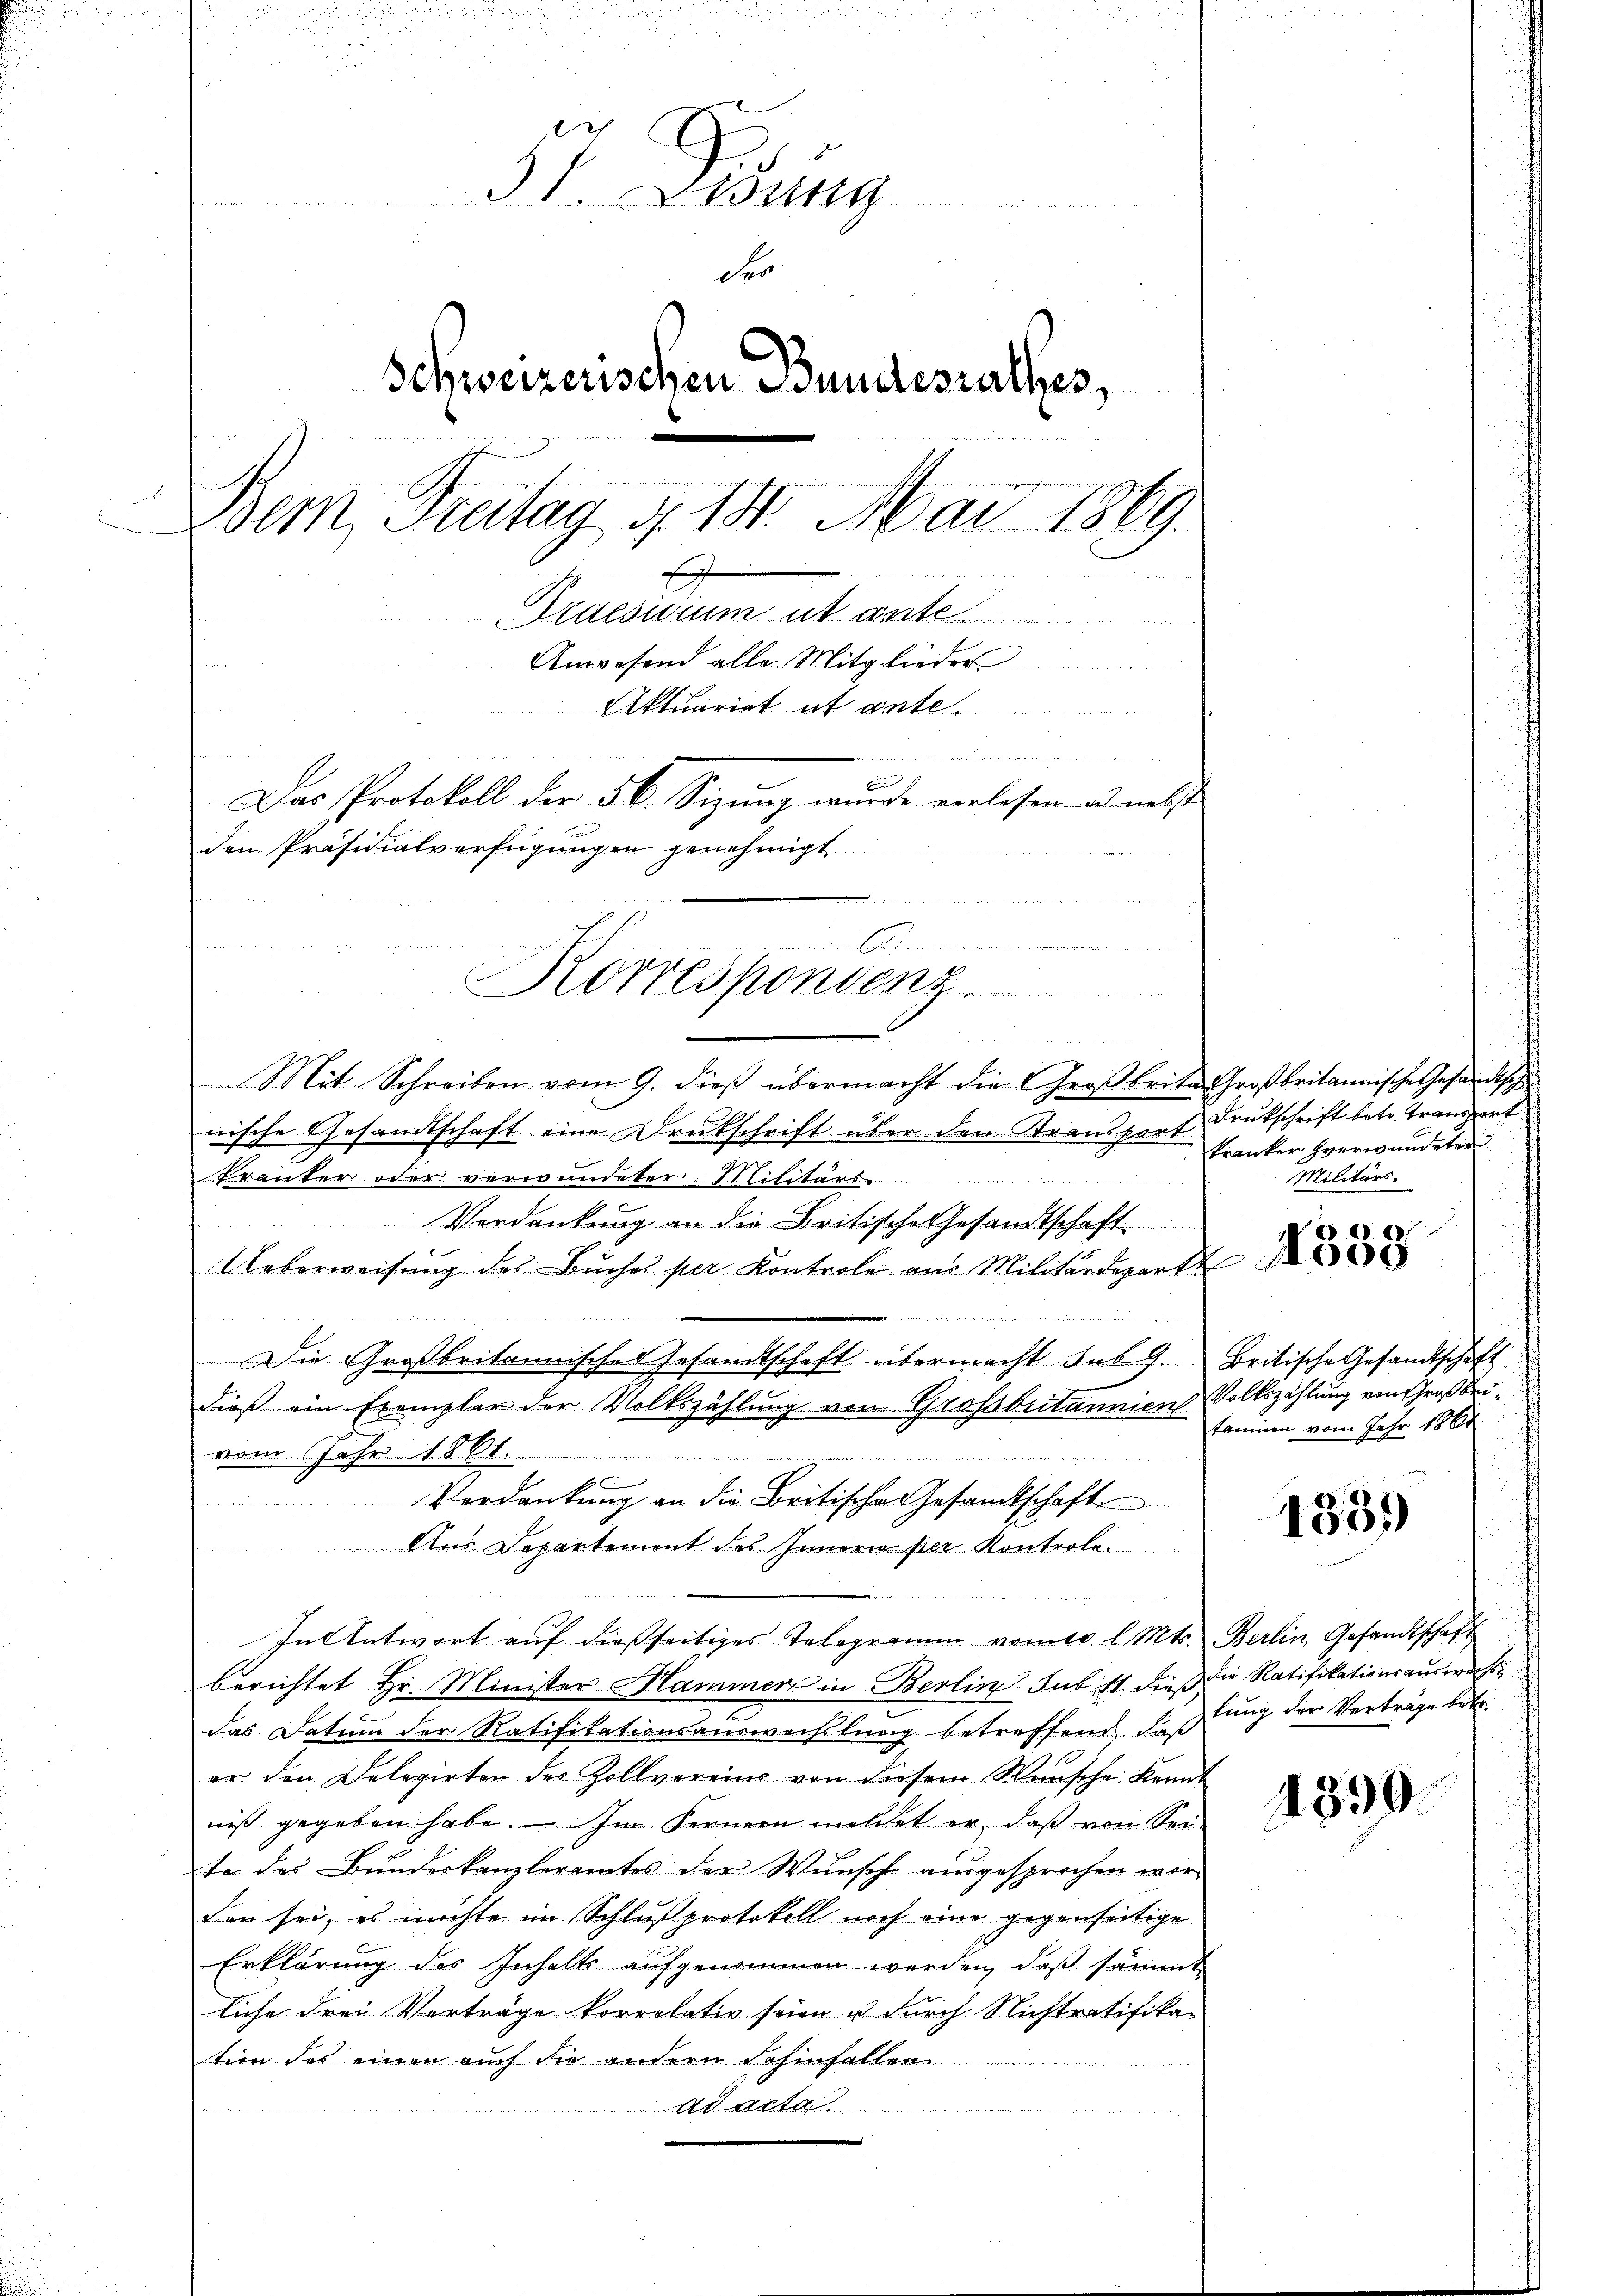
57. Gebung
de
des
Schweizerischen Bundesrathes,
.
.en in den die
Bem, Freitag d. 14. Mai 1869.
ana
E
Praesuum ut ante
Anwesend alle Mitglieder
Aktuariat et ante.

E
Das Protokoll der 56. Sizung wurde verlesen u. nebst
den Präsidialverfügungen genehmigt
e
Korrespondenz.
Mit Schreiben vom 9. dieß übermacht die Großbrite Großbritannische Gesandtsche
wische Gesandtschaft eine Drukschrift über den Stransport Drukschrift betr. Transport
kranken verwundeter

Militärs.
Tranter oder verwundeter Militärs.
.
Verdankung an die Britische Gesandtschaft
Ueberweisŭng des Bŭches per Kontrole am Militärdepart
e

Die Großbritannisches Gesandtschaft übermacht des 9. Britische Gesandtschaft
dieß ein Exemplar der Volkszählung von Grossbritannien Volkszählung ein Großbeivom Jahr 1861.
Verdankung an die Britische Gesandtschaft
Aus Departement des Innern per Kontrole
In Antwort auf dießseitiges Telegramm vom 10. l. Mts. Berlin, Gesandtschaft
berichtet Hr. Minister Hammer in Berlin sub st. dieß die Ratifikationsauswachs
das Datum der Ratifikationsauswechslung betreffend daßlung der Verträge betr.
er den Delegirter des Zollvereins von diesem Wünsche kannt
1390.
niß gegeben habe. Im Fernern meldet er, daβ von Sei-
te des Bundeskanzleramtes der Wunsch ausgesprochen worden sei, es möchte im Schluß protokoll noch eine gegenseitige
Erklärung des Inhalts aufgenommen werden, daß sämmt
liche drei Verträge korrelativ seien u durch Nichtratifikation des einen auch die andern dahinfallen
ad acta

1331)

tanen vom Jahr 1864